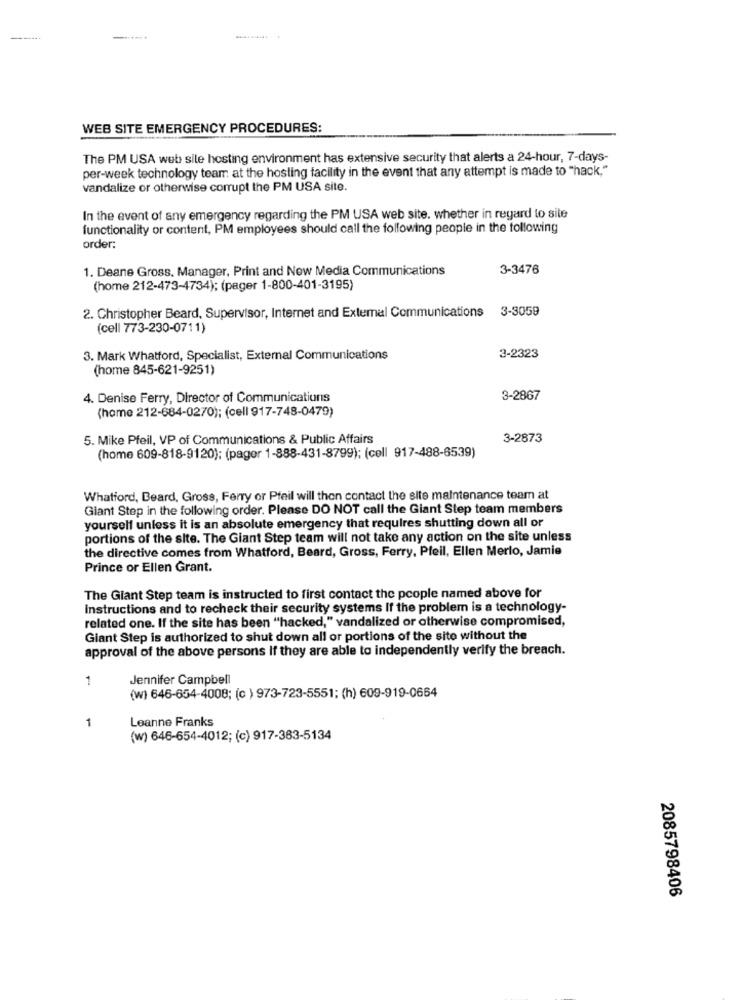
WEB SITE EMERGENCY PROCEDURES:
The PM USA web site hosting environment has extensive security that alerts a 24-hour, 7-days-
per-week technology team at the hosting facility in the event that any attempt is made to "hack,"
vandalize or otherwise corrupt the PM USA site.
In the event of any emergency regarding the PM USA web site. whether in regard to site
functionality or content, PM employees should call the following people in the following
order:
1. Deane Gross. Manager, Print and Now Media Communications
3-3476
(home 212-473-4734); (pager 1-800-401-3195)
2. Christopher Beard, Supervisor, Internet and External Communications 3-3059
(cell 773-230-0711)
3. Mark Whatford, Specialist, External Communications
3-2323
(home 845-621-9251)
4. Denise Ferry, Director of Communications
3-2867
(home 212-684-0270); (cell 917-748-0479)
5. Mike Pfeil, VP of Communications & Public Affairs
3-2873
(home 609-818-9120); (pager 1-888-431-8799); (cell 917-488-6539)
Whatford, Beard, Gross, Ferry or Pfeil will then contact the site maintenance team at
Giant Step in the following order. Please DO NOT call the Giant Step team members
yourself unless it is an absolute emergency that requires shutting down all or
portions of the site. The Giant Step team will not take any action on the site unless
the directive comes from Whatford, Beard, Gross, Ferry, Pfeil, Ellen Merlo, Jamie
Prince or Ellen Grant.
The Giant Step team is instructed to first contact the people named above for
Instructions and to recheck their security systems If the problem is a technology-
related one. If the site has been "hacked," vandalized or otherwise compromised,
Giant Step is authorized to shut down all or portions of the site without the
approval of the above persons If they are able to independently verify the breach.
1
Jennifer Campbell
(W) 646-654-4008; (c ) 973-723-5551; (h) 609-919-0664
Leanne Franks
1
(w) 646-654-4012; (c) 917-383-5134
2085798406